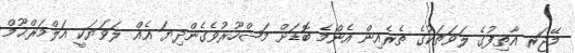
މޭޖަރ އާތިފުގެ ލަވަތަކުގެ ތެރެއިން އެންމެ ބޮޑަށް މަޝްހޫރުވެގެންދިޔަ އެއް ލަވަޔަކީ އަލްމަރްޙޫމް